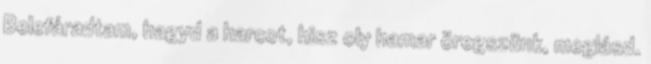
Belefáradtam, hagyd a harcot, hisz oly hamar öregszünk, meglásd.